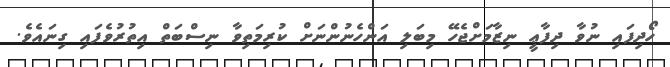
ހޯދިފައި ނުވާ ދިފާޢީ ނިޒާމަށްޖެހޭ މިބަލި އަންހެނުންނަށް ކުރިމަތިވާ ނިސްބަތް އިތުރުވެފައި ގިނައެވެ.